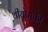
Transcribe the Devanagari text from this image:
थीयोसफ़ी